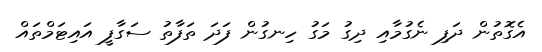
އެގޮތުން ދަފި ނެގުމާއި ދިގު މަގު ހިނގުން ފަދަ ތަފާތު ސަގާފީ އައިޓަމްތައް